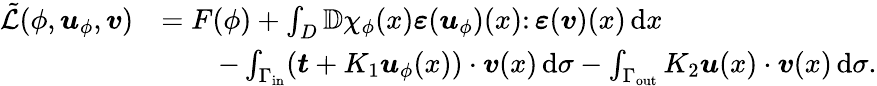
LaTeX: \begin{array}{rl}{\tilde{\mathcal{L}}(\phi,\boldsymbol{u}_{\phi},\boldsymbol{v})}&{=F(\phi)+\int_{D}\mathbb{D}\chi_{\phi}(x)\boldsymbol{\varepsilon}(\boldsymbol{u}_{\phi})(x)\colon\boldsymbol{\varepsilon}(\boldsymbol{v})(x)\, \mathrm{d}x}\\ &{\qquad-\int_{\Gamma_{\mathrm{in}}}(\boldsymbol{t}+K_{1}\boldsymbol{u}_{\phi}(x))\cdot\boldsymbol{v}(x)\, \mathrm{d}\sigma-\int_{\Gamma_{\mathrm{out}}}K_{2}\boldsymbol{u}(x)\cdot\boldsymbol{v}(x)\, \mathrm{d}\sigma.}\end{array}